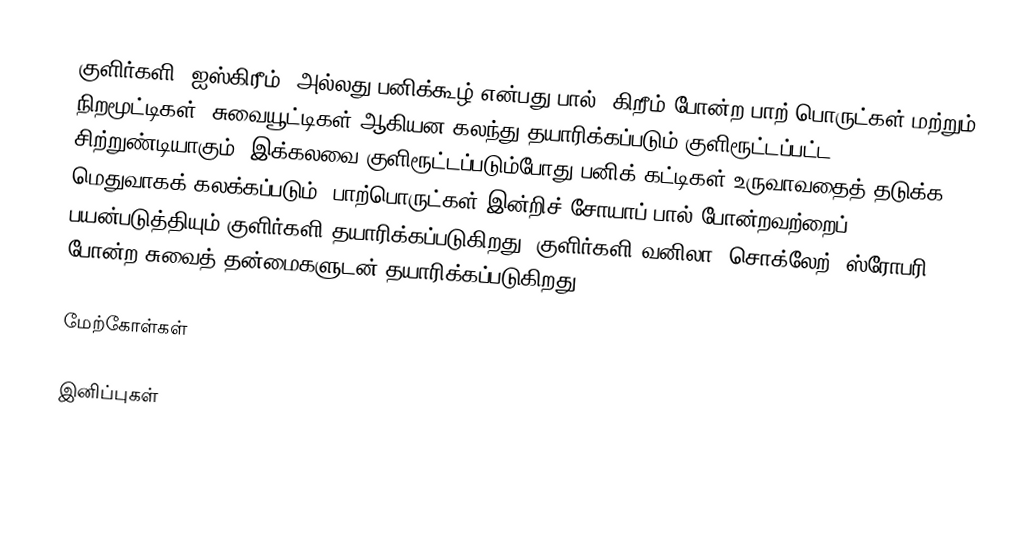
குளிர்களி (ஐஸ்கிரீம்) அல்லது பனிக்கூழ் என்பது பால், கிறீம் போன்ற பாற் பொருட்கள் மற்றும் நிறமூட்டிகள், சுவையூட்டிகள் ஆகியன கலந்து தயாரிக்கப்படும் குளிரூட்டப்பட்ட சிற்றுண்டியாகும். இக்கலவை குளிரூட்டப்படும்போது பனிக் கட்டிகள் உருவாவதைத் தடுக்க மெதுவாகக் கலக்கப்படும். பாற்பொருட்கள் இன்றிச் சோயாப் பால் போன்றவற்றைப் பயன்படுத்தியும் குளிர்களி தயாரிக்கப்படுகிறது. குளிர்களி வனிலா, சொக்லேற், ஸ்ரோபரி போன்ற சுவைத் தன்மைகளுடன் தயாரிக்கப்படுகிறது.

மேற்கோள்கள்

இனிப்புகள்